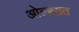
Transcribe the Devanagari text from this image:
ओल्ब्रख्त